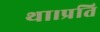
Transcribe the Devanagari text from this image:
था।प्रति